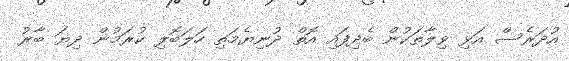
އުދަރެސް އަޅި ވިލާތަކުން ބެދިފައި އޮތް ދުނިޔެމަތި ހަލަބޮލި ކުރަމުން ދިޔަ ބާރު